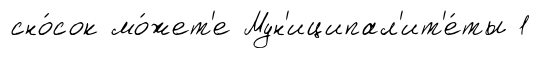
сно́сок мо́жет'е Мун'иципал'ит'е́ты 1